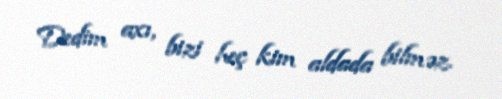
Dedim axı, bizi heç kim aldada bilməz.